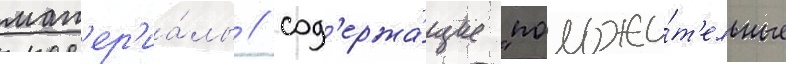
мат'ер'иа́лы / сод'ержа́щие "положи́т'ельные